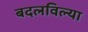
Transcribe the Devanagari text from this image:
बदलविल्या